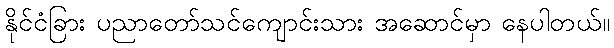
နိုင်ငံခြား ပညာတော်သင်ကျောင်းသား အဆောင်မှာ နေပါတယ်။